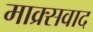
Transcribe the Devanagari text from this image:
माक्र्सवाद